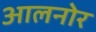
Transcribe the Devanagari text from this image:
आलनोर